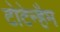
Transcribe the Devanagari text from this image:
टोटेन्हैम